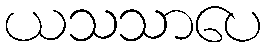
ယသသာပေ